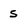
Character: 5